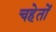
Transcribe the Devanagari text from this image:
चहेतों